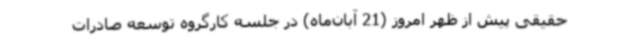
حقیقی پیش از ظهر امروز (21 آبان‌ماه) در جلسه کارگروه توسعه صادرات